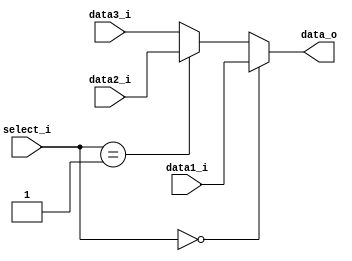
module MUX32_2
(
	data1_i,
	data2_i,
	data3_i,
	select_i,
	data_o
);

input	[31:0]	data1_i, data2_i, data3_i;
input	[1:0]	select_i;
output	[31:0]	data_o;

assign data_o = (select_i == 2'b00) ? data1_i :
				(select_i == 2'b01) ? data2_i :
				data3_i;

endmodule